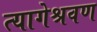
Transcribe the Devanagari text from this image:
त्यागेश्रवण